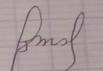
Signature authenticity: forged